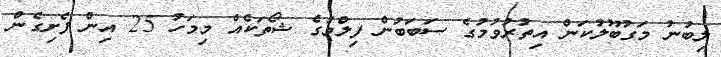
ލިބުނު މަގުބޫލުކަން އިތުރުވުމުގެ ސަބަބުން ފިލްމުގެ ޝޯތަކެއް މިމަހު 25 އިން ފެށިގެން